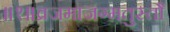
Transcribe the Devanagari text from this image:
॥१॥व्रजमाजग्मतुस्तौ